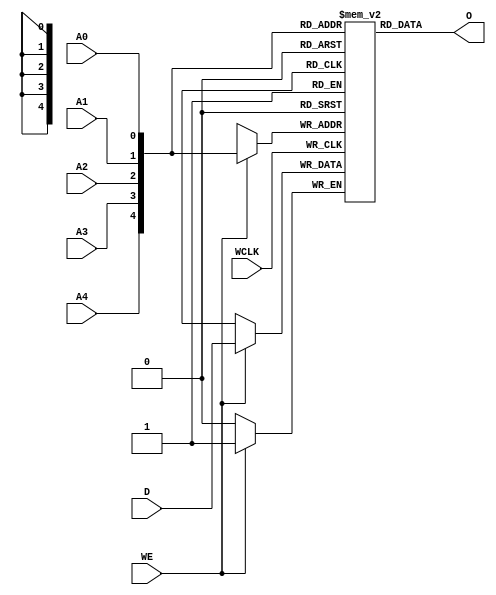
// $Header: /devl/xcs/repo/env/Databases/CAEInterfaces/verunilibs/s/RAM32X1S.v,v 1.8.22.2 2003/12/05 00:34:06 wloo Exp $

/*

FUNCTION	: 32x1 Static RAM with synchronous write capability

*/

`timescale  1 ps / 1 ps


module RAM32X1S (O, A0, A1, A2, A3, A4, D, WCLK, WE);

    parameter INIT = 32'h00000000;

    output O;

    input  A0, A1, A2, A3, A4, D, WCLK, WE;

    reg  mem [31:0];
    wire [4:0] adr;
    reg  [5:0] count;
    wire d_in, wclk_in, we_in;

    buf b_d    (d_in, D);
    buf b_wclk (wclk_in, WCLK);
    buf b_we   (we_in, WE);

    buf b_a4 (adr[4], A4);
    buf b_a3 (adr[3], A3);
    buf b_a2 (adr[2], A2);
    buf b_a1 (adr[1], A1);
    buf b_a0 (adr[0], A0);

    buf b_o (O, o_int);

    buf b_o_int (o_int, mem[adr]);

    initial
    begin
	for (count = 0; count < 32; count = count + 1)
	    mem[count] <= INIT[count];
    end

    always @(posedge wclk_in)
    begin
	if (we_in == 1'b1)
	    mem[adr] <= #100 d_in;
    end

    specify
	if (WE)
	    (WCLK => O) = (0, 0);

	(A4 => O) = (0, 0);
	(A3 => O) = (0, 0);
	(A2 => O) = (0, 0);
	(A1 => O) = (0, 0);
	(A0 => O) = (0, 0);
    endspecify

endmodule